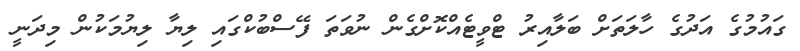
ގައުމުގެ އަދުގެ ހާލަތަށް ބަލާއިރު ޓްވީޓެއްކޮށްގެން ނުވަތަ ފޭސްބުކްގައި ލިޔާ ލިޔުމަކުން މިދަނީ